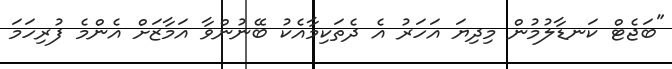
"ބަޖެޓް ކަނޑާލުމުން މިދިޔަ އަހަރު އެ ދެތަކިމާއެކު ބޭނުންވާ އަމާޒަށް އެންމެ ފުރިހަމަ